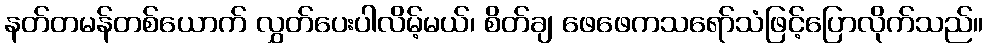
နတ်တမန်တစ်ယောက် လွှတ်ပေးပါလိမ့်မယ်၊ စိတ်ချ ဖေဖေကသရော်သံဖြင့်ပြောလိုက်သည်။